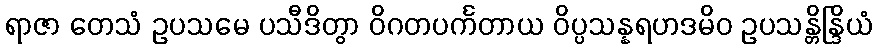
ရာဇာ တေသံ ဥပသမေ ပသီဒိတွာ ဝိဂတပင်္ကတာယ ဝိပ္ပသန္နရဟဒမိဝ ဥပသန္တိန္ဒြိယံ